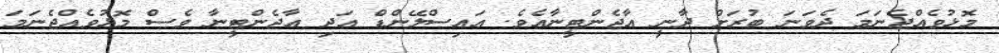
މޮޅުވެއްޖެނަމަ ދެވަނަ ބުރަށް ދާނީ އާޖެންޓީނާއެވެ. އައިސްލޭންޑް އަދި އާޖެންޓީނާ ވެސް މޮޅުވެއްޖެނަމަ